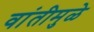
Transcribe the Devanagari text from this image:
वांतीमुळे